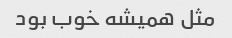
مثل همیشه خوب بود